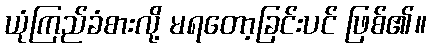
ယုံကြည်ခံစားလို့ မရတော့ခြင်းပင် ဖြစ်၏။